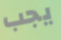
يجب